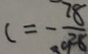
c = - \frac { 7 8 } { 9 2 8 }